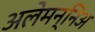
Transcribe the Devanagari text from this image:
अलेमन्निअ